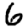
Digit: 6